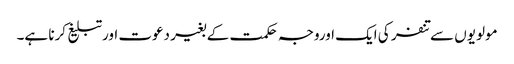
مولویوں سے تنفر کی ایک اوروجہ حکمت کے بغیر دعوت اورتبلیغ کرنا ہے۔